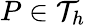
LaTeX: {P}\in\mathcal{T}_{h}